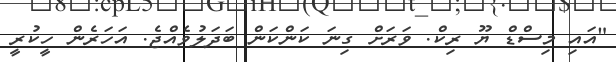
"އައި މިސްޑް ޔޫ ރިކް. ވަރަށް ގިނަ ކަންކަން ބަދަލުވެއްޖެ. އަހަރެން ހީކުރީ